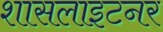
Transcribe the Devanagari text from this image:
शासलाइटनर